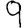
Digit: 9